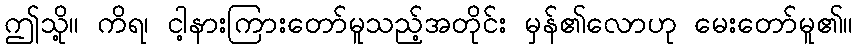
ဤသို့။ ကိရ၊ ငါ့နားကြားတော်မူသည့်အတိုင်း မှန်၏လောဟု မေးတော်မူ၏။